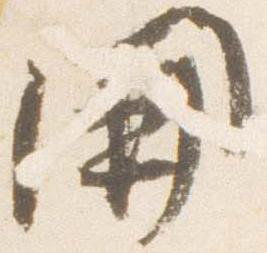
開